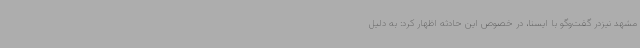
مشهد نیزدر گفت‌وگو با ایسنا، در خصوص این حادثه اظهار کرد: به دلیل